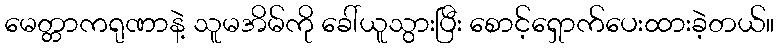
မေတ္တာကရုဏာနဲ့ သူမအိမ်ကို ခေါ်ယူသွားပြီး စောင့်ရှောက်ပေးထားခဲ့တယ်။